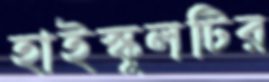
হাইস্কুলটির